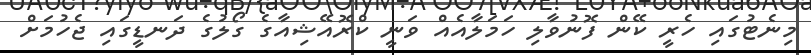
މިނެޓުގައި ހެރީ ކޭން ފޮނުވާލި ހަމަލާއެއް ވަނީ ކްރޮއޭޝިއާގެ ގޯލުގެ ދަނޑީގައި ޖެހުމަށް